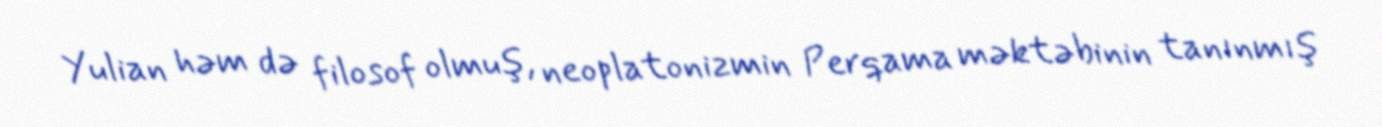
Yulian həm də filosof olmuş, neoplatonizmin Perqama məktəbinin tanınmış